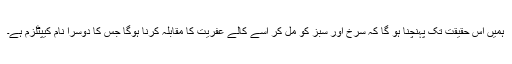
ہمیں اس حقیقت تک پہنچنا ہو گا کہ سرخ اور سبز کو مل کر اسے کالے عفریت کا مقابلہ کرنا ہوگا جس کا دوسرا نام کیپٹلزم ہے۔